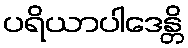
ပရိယာပါဒေန္တိ